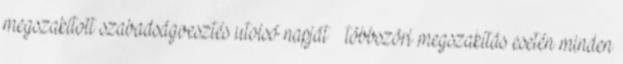
megszakított szabadságvesztés utolsó napját – többszöri megszakítás esetén minden